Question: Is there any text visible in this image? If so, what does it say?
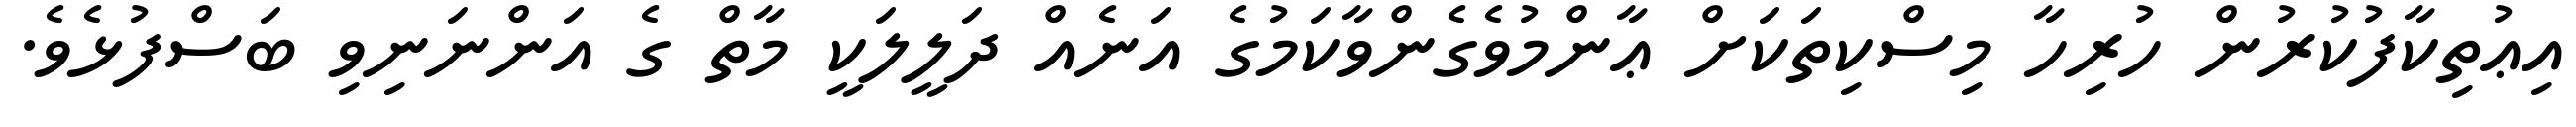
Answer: އިޢުތިކާފުކުރުން ހުރިހާ މިސްކިތަކަށް ޢާންމުވެގެންވާކަމުގެ އަނެއް ދަލީލަކީ މާތް ގެ އަންނަނިވި ބަސްފުޅެވެ.